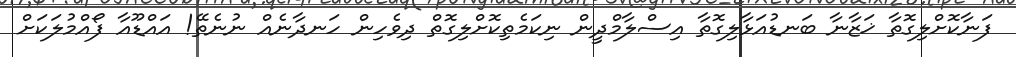
ފަނާކޮށްލިގޮތާ ޚަޒާނާ ބަނޑުއަޅާލިގޮތާ އިސްލާމްދީން ނިކަމެތިކޮށްލިގޮތް ދިވެހިން ހަނދާނެއް ނުނެތޭ! އައްޑޫއާ ފޯއްމުލަކަށް